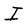
Character: I